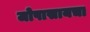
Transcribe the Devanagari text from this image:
जोपासायचा